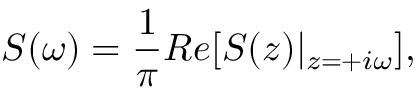
S ( \omega ) = \frac { 1 } { \pi } R e [ S ( z ) | _ { z = + i \omega } ] ,